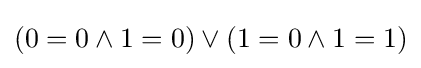
(0=0\wedge 1=0)\vee (1=0\wedge 1=1)